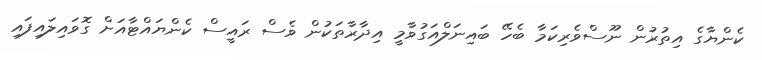
ކެންޔާގެ އިތުރުން ނޫސްވެރިކަމާ ބެހޭ ބައިނަލްއަގުވާމީ އިދާރާތަކުން ވެސް ރައީސް ކެންޔައްޓާއަށް ގޮވައިލައިފައި